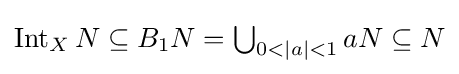
{\textstyle \operatorname {Int} _{X}N\subseteq B_{1}N=\bigcup _{0<|a|<1}aN\subseteq N}